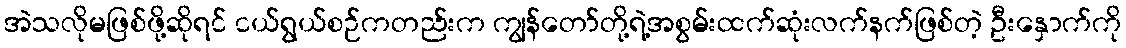
အဲသလိုမဖြစ်ဖို့ဆိုရင် ငယ်ရွယ်စဉ်ကတည်းက ကျွန်တော်တို့ရဲ့အစွမ်းထက်ဆုံးလက်နက်ဖြစ်တဲ့ ဦးနှောက်ကို